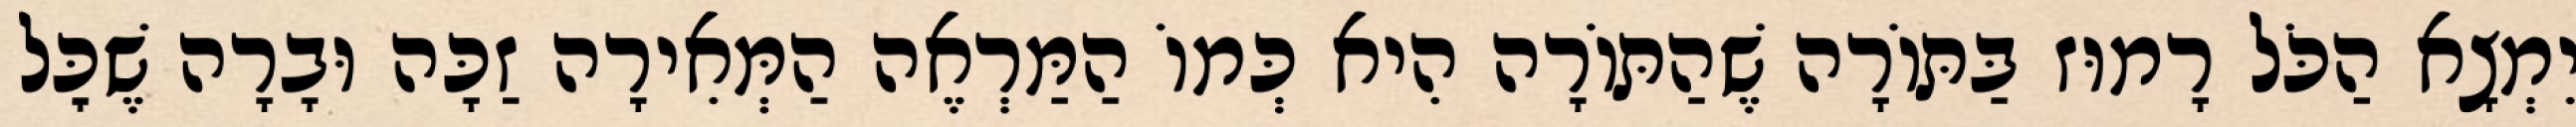
יִמְצָא הַכֹּל רָמוּז בַּתּוֹרָה שֶׁהַתּוֹרָה הִיא כְּמוֹ הַמַּרְאֶה הַמְּאִירָה זַכָּה וּבָרָה שֶׁכׇּל